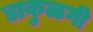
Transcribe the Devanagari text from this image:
डाकुळगी